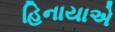
હિનાયાએ